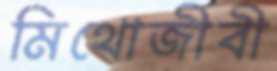
মিথোজীবী